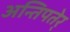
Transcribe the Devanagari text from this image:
अन्तिपतेर्